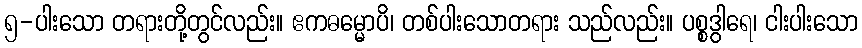
၅-ပါးသော တရားတို့တွင်လည်း။ ဧကဓမ္မောပိ၊ တစ်ပါးသောတရား သည်လည်း။ ပစ္စဒွါရေ၊ ငါးပါးသော